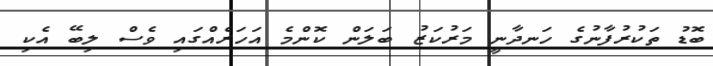
ބޮޑު ތަކުރުފާނުގެ ހަނދާނީ މަރުކަޒު ބަލަން ކޮންމެ އަހަރެއްގައި ވެސް ލިބޭ އެކި